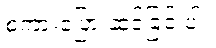
စကားပြော ဆင်ခြင် ပါ။